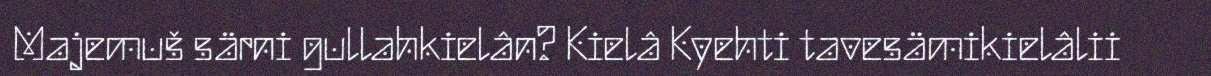
Majemuš särni gullahkielân? Kielâ Kyehti tavesämikielâlii